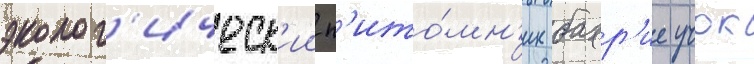
эколог'ическ'ии п'ито́мн'ик бахр'ие учок